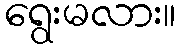
ရွေးမလား။